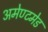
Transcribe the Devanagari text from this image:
अमेण्टमेड